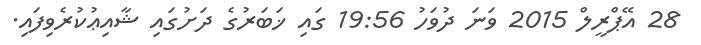
28 އޭޕްރީލް 2015 ވަނަ ދުވަހު 19:56 ގައި ޚަބަރުގެ ދަށުގައި ޝާއިޢުކުރެވިފައި.